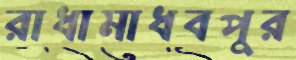
রাধামাধবপুর